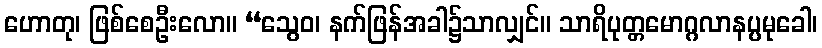
ဟောတု၊ ဖြစ်စေဦးလော။ “သွေဝ၊ နက်ဖြန်အခါ၌သာလျှင်။ သာရိပုတ္တမောဂ္ဂလာနပ္ပမုခေါ၊